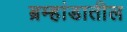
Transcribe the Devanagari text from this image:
ब्रम्हांडातील